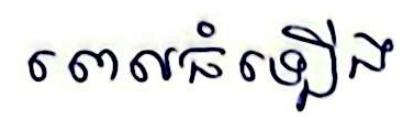
ពេលធំឡើង